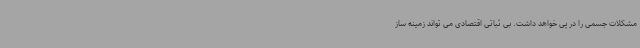
مشکلات جسمی را در پی خواهد داشت. بی ثباتی اقتصادی می تواند زمینه ساز